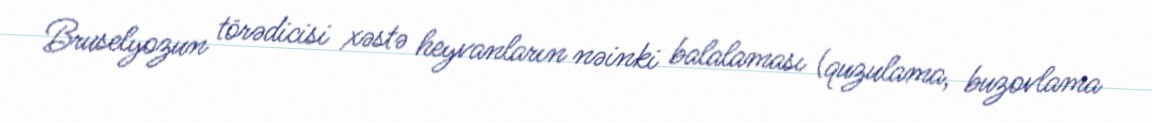
Bruselyozun törədicisi xəstə heyvanların nəinki balalaması (quzulama, buzovlama